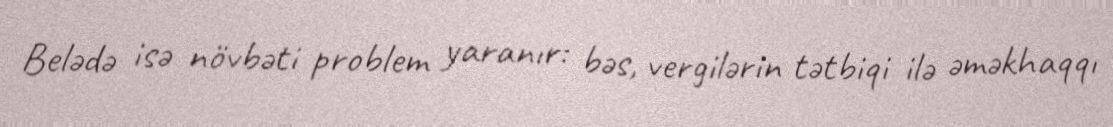
Belədə isə növbəti problem yaranır: bəs, vergilərin tətbiqi ilə əməkhaqqı